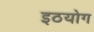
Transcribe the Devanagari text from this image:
इठयोग